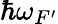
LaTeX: \hbar\omega_{F^{\prime}}